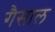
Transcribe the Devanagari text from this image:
गैसाल